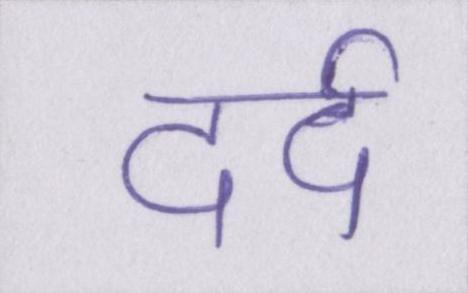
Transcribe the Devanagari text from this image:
दर्द